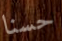
حسنا